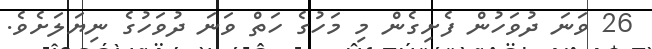
26 ވަނަ ދުވަހުން ފެށިގެން މި މަހުގެ ހަތް ވަނަ ދުވަހުގެ ނިޔަލަށެވެ.